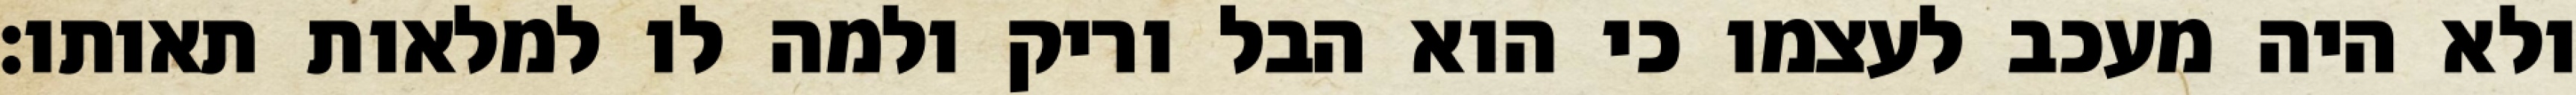
ולא היה מעכב לעצמו כי הוא הבל וריק ולמה לו למלאות תאותו: